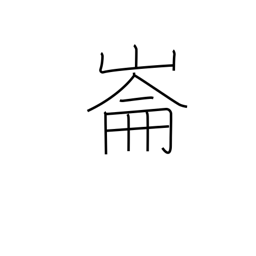
Meaning: place name